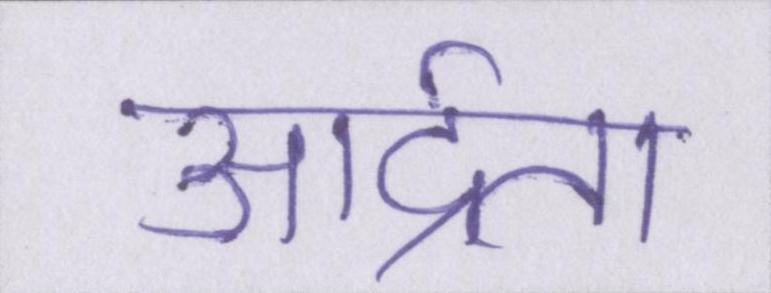
आर्द्रता